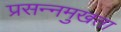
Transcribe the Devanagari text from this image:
प्रसन्नमुखता